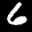
Label: 6